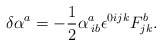
\begin{align*}\delta \alpha ^{a}=-\frac{1}{2}\alpha _{\;ib}^{a}\epsilon ^{0ijk}F_{jk}^{b}.\end{align*}